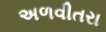
અળવીતરા